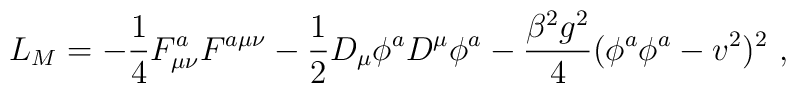
L_M = - \frac{1}{4} F_{\mu\nu}^a F^{a\mu\nu}       - \frac{1}{2} D_\mu \phi^a D^\mu \phi^a      - \frac{\beta^2 g^2}{4} (\phi^a \phi^a - v^2)^2\ ,